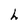
Character: h